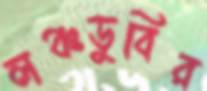
লঞ্চডুবির